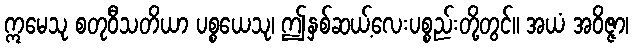
ဣမေသု စတုဝီသတိယာ ပစ္စယေသု၊ ဤနှစ်ဆယ့်လေးပစ္စည်းတို့တွင်။ အယံ အဝိဇ္ဇာ၊